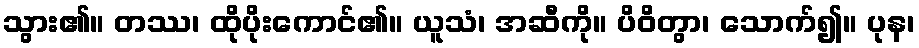
သွား၏။ တဿ၊ ထိုပိုးကောင်၏။ ယူသံ၊ အဆီကို။ ပိဝိတွာ၊ သောက်၍။ ပုန၊